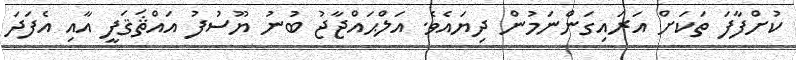
ކުށްފާފަ ތަކަށް އަރައިގަންނަމުން ދިޔައެވެ. އަލްޙައްޖާޖު ބުނު ޔޫސުފު އައްޘަޤަފީ އާއި އެފަދަ